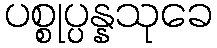
ပစ္စုပ္ပန္နသုခေ